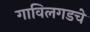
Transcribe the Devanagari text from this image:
गाविलगडचे